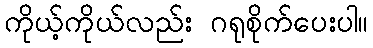
ကိုယ့်ကိုယ်လည်း ဂရုစိုက်ပေးပါ။